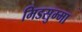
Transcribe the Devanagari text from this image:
मिडसुम्मा